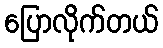
ပြောလိုက်တယ်